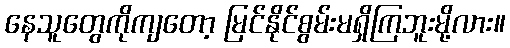
နေသူတွေကိုကျတော့ မြင်နိုင်စွမ်းမရှိကြဘူးမို့လား။